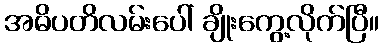
အဓိပတိလမ်းပေါ် ချိုးကွေ့လိုက်ပြီ။